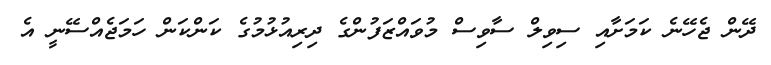
ދޭން ޖެހޭނެ ކަމަށާއި ސިވިލް ސާވިސް މުވައްޒަފުންގެ ދިރިއުޅުމުގެ ކަންކަން ހަމަޖެއްސޭނީ އެ